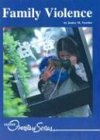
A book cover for Family Violence (Lucent Overview Series); Janice M.Yuwiler; Teen & Young Adult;